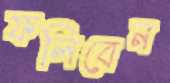
ফলিবেন